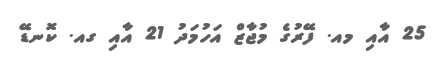
25 އާއި މއ. ފޭރުގެ މުޖާޒް އަހުމަދު 21 އާއި ގއ. ކޮނޑޭ